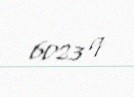
6023 q